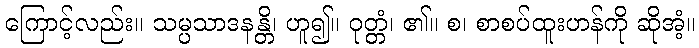
ကြောင့်လည်း။ သမ္ပသာဒနန္တိ၊ ဟူ၍။ ဝုတ္တံ၊ ၏။ စ၊ စာစပ်ထူးဟန်ကို ဆိုအံ့။